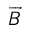
\protect \overrightarrow { B }